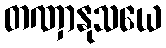
တဏှာနုသယေ